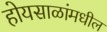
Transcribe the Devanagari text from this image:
होयसाळांमधील